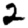
Digit: 2